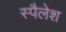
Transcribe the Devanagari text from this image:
स्पैलेश